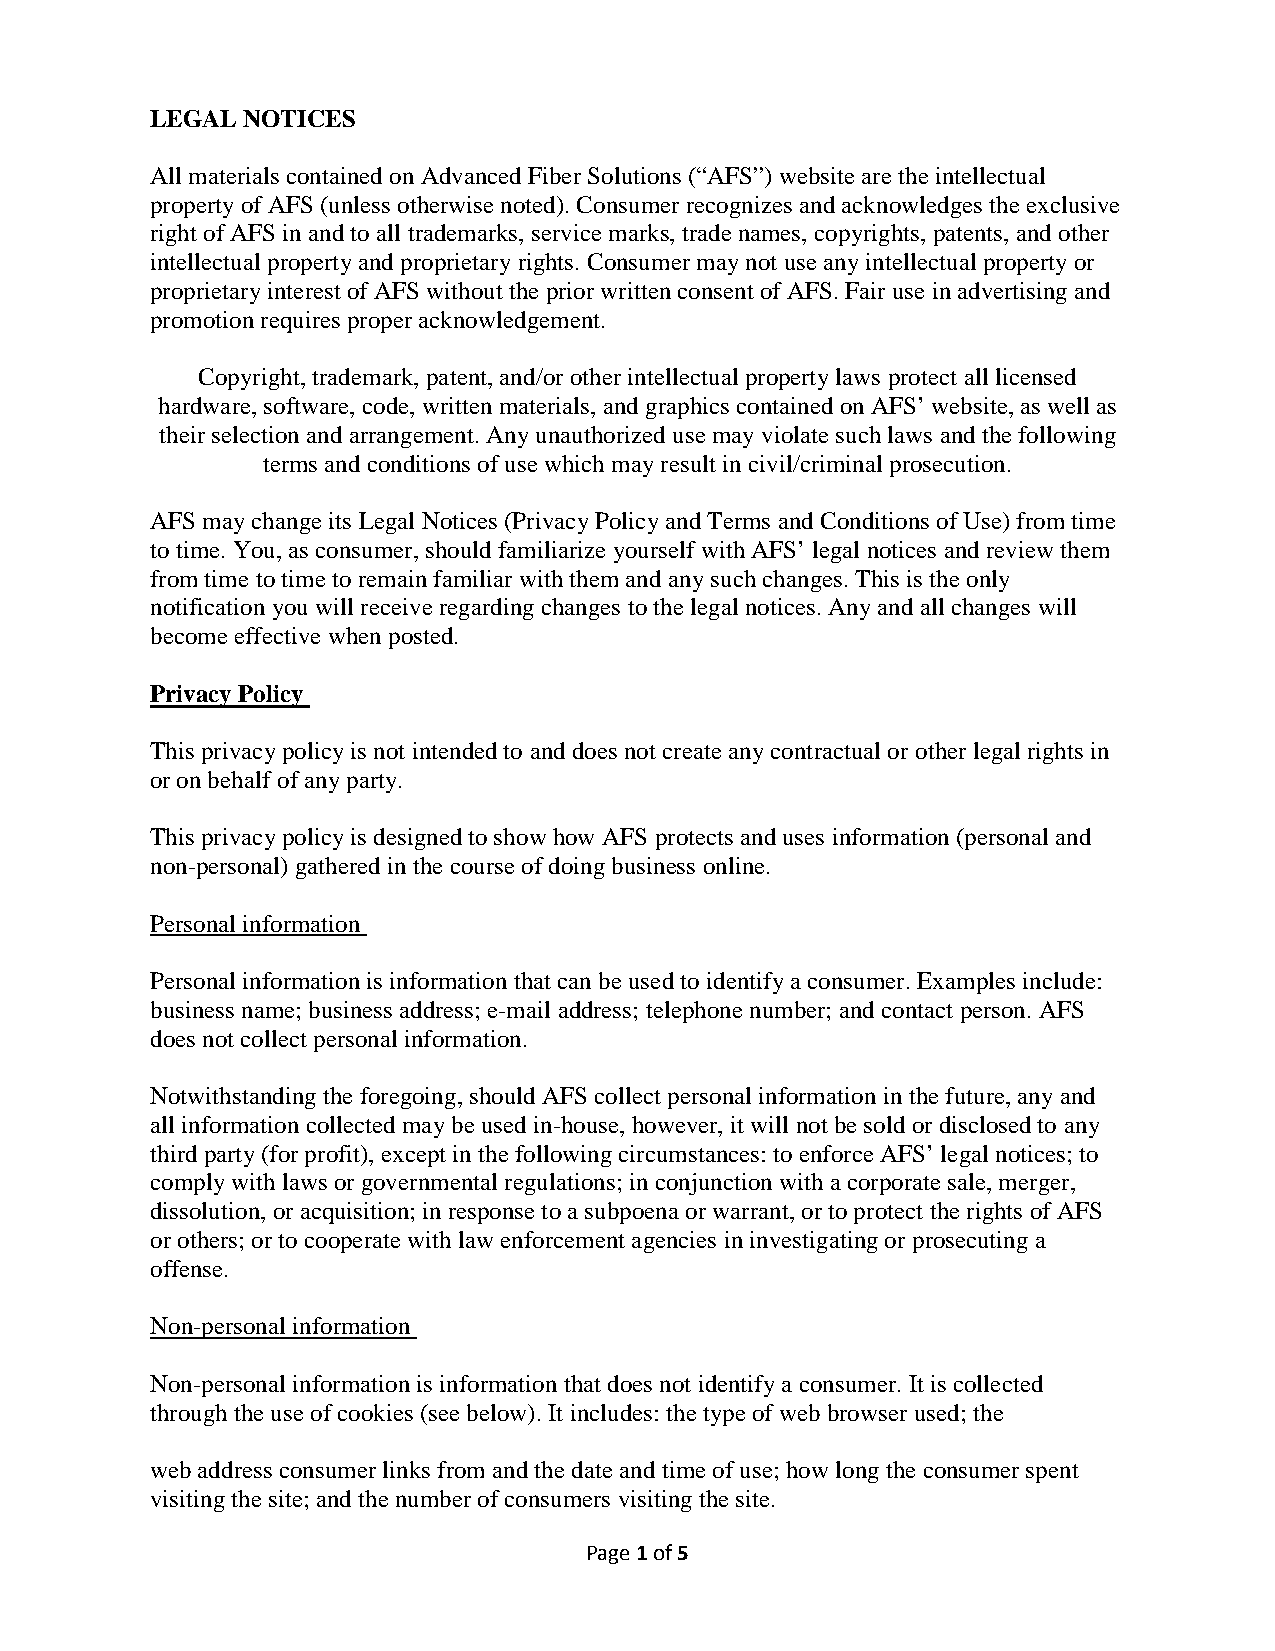
LEGAL NOTICES
 All materials contained on Advanced Fiber Solutions (“AFS”) website are the intellectual
 property of AFS (unless otherwise noted). Consumer recognizes and acknowledges the exclusive
 right of AFS in and to all trademarks, service marks, trade names, copyrights, patents, and other
 intellectual property and proprietary rights. Consumer may not use any intellectual property or
 proprietary interest of AFS without the prior written consent of AFS. Fair use in advertising and
 promotion requires proper acknowledgement.
 Copyright, trademark, patent, and/or other intellectual property laws protect all licensed
 hardware, software, code, written materials, and graphics contained on AFS’ website, as well as
 their selection and arrangement. Any unauthorized use may violate such laws and the following
 terms and conditions of use which may result in civil/criminal prosecution.
 AFS may change its Legal Notices (Privacy Policy and Terms and Conditions of Use) from time
 to time. You, as consumer, should familiarize yourself with AFS’ legal notices and review them
 from time to time to remain familiar with them and any such changes. This is the only
 notification you will receive regarding changes to the legal notices. Any and all changes will
 become effective when posted.
 Privacy Policy
 This privacy policy is not intended to and does not create any contractual or other legal rights in
 or on behalf of any party.
 This privacy policy is designed to show how AFS protects and uses information (personal and
 non-personal) gathered in the course of doing business online.
 Personal information
 Personal information is information that can be used to identify a consumer. Examples include:
 business name; business address; e-mail address; telephone number; and contact person. AFS
 does not collect personal information.
 Notwithstanding the foregoing, should AFS collect personal information in the future, any and
 all information collected may be used in-house, however, it will not be sold or disclosed to any
 third party (for profit), except in the following circumstances: to enforce AFS’ legal notices; to
 comply with laws or governmental regulations; in conjunction with a corporate sale, merger,
 dissolution, or acquisition; in response to a subpoena or warrant, or to protect the rights of AFS
 or others; or to cooperate with law enforcement agencies in investigating or prosecuting a
 offense.
 Non-personal information
 Non-personal information is information that does not identify a consumer. It is collected
 through the use of cookies (see below). It includes: the type of web browser used; the
 web address consumer links from and the date and time of use; how long the consumer spent
 visiting the site; and the number of consumers visiting the site.
 Page 1 of 5